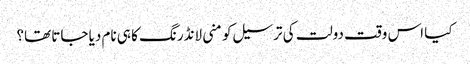
کیا اس وقت دولت کی ترسیل کو منی لانڈرنگ کا ہی نام دیا جاتا تھا؟